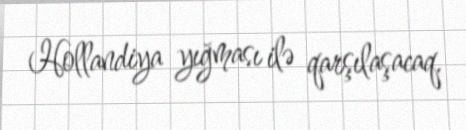
Hollandiya yığması ilə qarşılaşacaq.